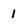
Character: 1